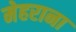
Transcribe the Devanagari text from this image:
मेहराना